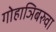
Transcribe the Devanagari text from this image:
गोहाञिबरुवा